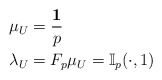
\begin{align*}\mu_U& = \frac{\mathbf{1}}{p}\\\lambda_U& = F_p \mu_U = \mathbb{I}_p(\cdot, 1)\end{align*}